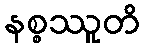
နစ္စဿူတိ